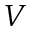
V